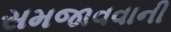
સમજાવવાની